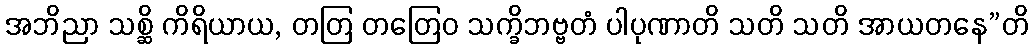
အဘိညာ သစ္ဆိ ကိရိယာယ, တတြ တတြေဝ သက္ခိဘဗ္ဗတံ ပါပုဏာတိ သတိ သတိ အာယတနေ”တိ